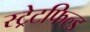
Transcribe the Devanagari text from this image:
स्ट्रेटफिल्ड